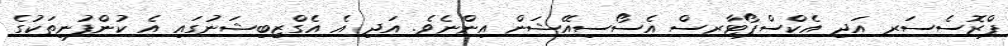
ޕްރޮސެސަރ އަދި އެކްސްޕޯޓާރސް އެސޯސިއޭޝަން އިންނެވެ. އަދި އެ އެގްޒިބިޝަނުގައި އެ ކުންފުނިތަކުގެ